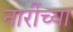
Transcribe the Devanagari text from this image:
नारींच्या